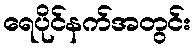
ရေပိုင်နက်အတွင်း